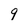
Character: 9